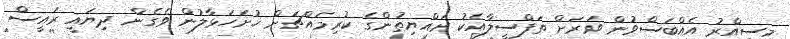
މިސިއްރު އެއްބަސްވުން ވަރަށް ތަފްސީލާއެކު ރައްޔިތުންގެ ކުރިމައްޗަށް ހުށަހަޅާލުން ވެގެން ދިޔައީ ރައީސް